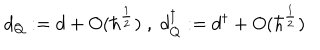
LaTeX: d _ { Q } : = d + O ( \hbar ^ { \frac { 1 } { 2 } } ) \; , \; d _ { Q } ^ { \dagger } : = d ^ { \dagger } + O ( \hbar ^ { \frac { 1 } { 2 } } )